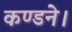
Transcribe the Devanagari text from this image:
कण्डने।